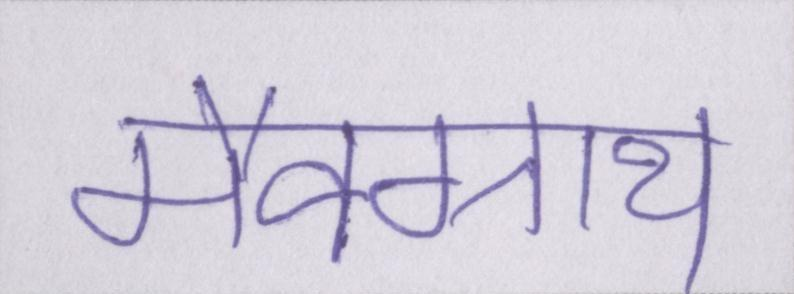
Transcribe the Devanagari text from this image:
मैक्ग्राथ